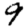
Digit: 9